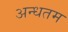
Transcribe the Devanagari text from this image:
अन्धतम